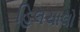
હિલચાલો